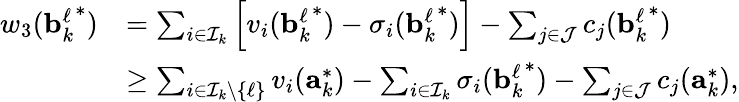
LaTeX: \begin{array}{rl}{w_{3}({\mathbf{b}_{k}^{\ell}}^{*})}&{=\sum_{i\in\mathcal{I}_{k}}\left[v_{i}({\mathbf{b}_{k}^{\ell}}^{*})-\sigma_{i}({\mathbf{b}_{k}^{\ell}}^{*})\right]-\sum_{j\in\mathcal{J}}c_{j}({\mathbf{b}_{k}^{\ell}}^{*})}\\ &{\geq\sum_{i\in\mathcal{I}_{k}\setminus\{ \ell\} }v_{i}(\mathbf{a}_{k}^{*})-\sum_{i\in\mathcal{I}_{k}}\sigma_{i}({\mathbf{b}_{k}^{\ell}}^{*})-\sum_{j\in\mathcal{J}}c_{j}(\mathbf{a}_{k}^{*}),}\end{array}